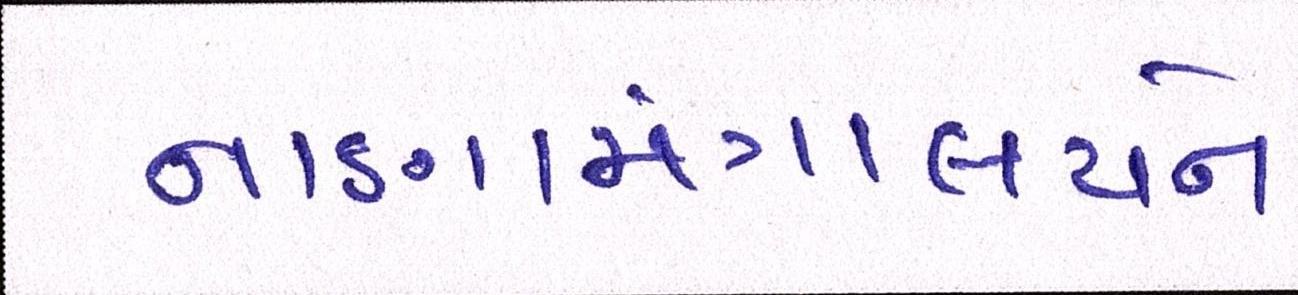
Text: નાણામંત્રાલયને